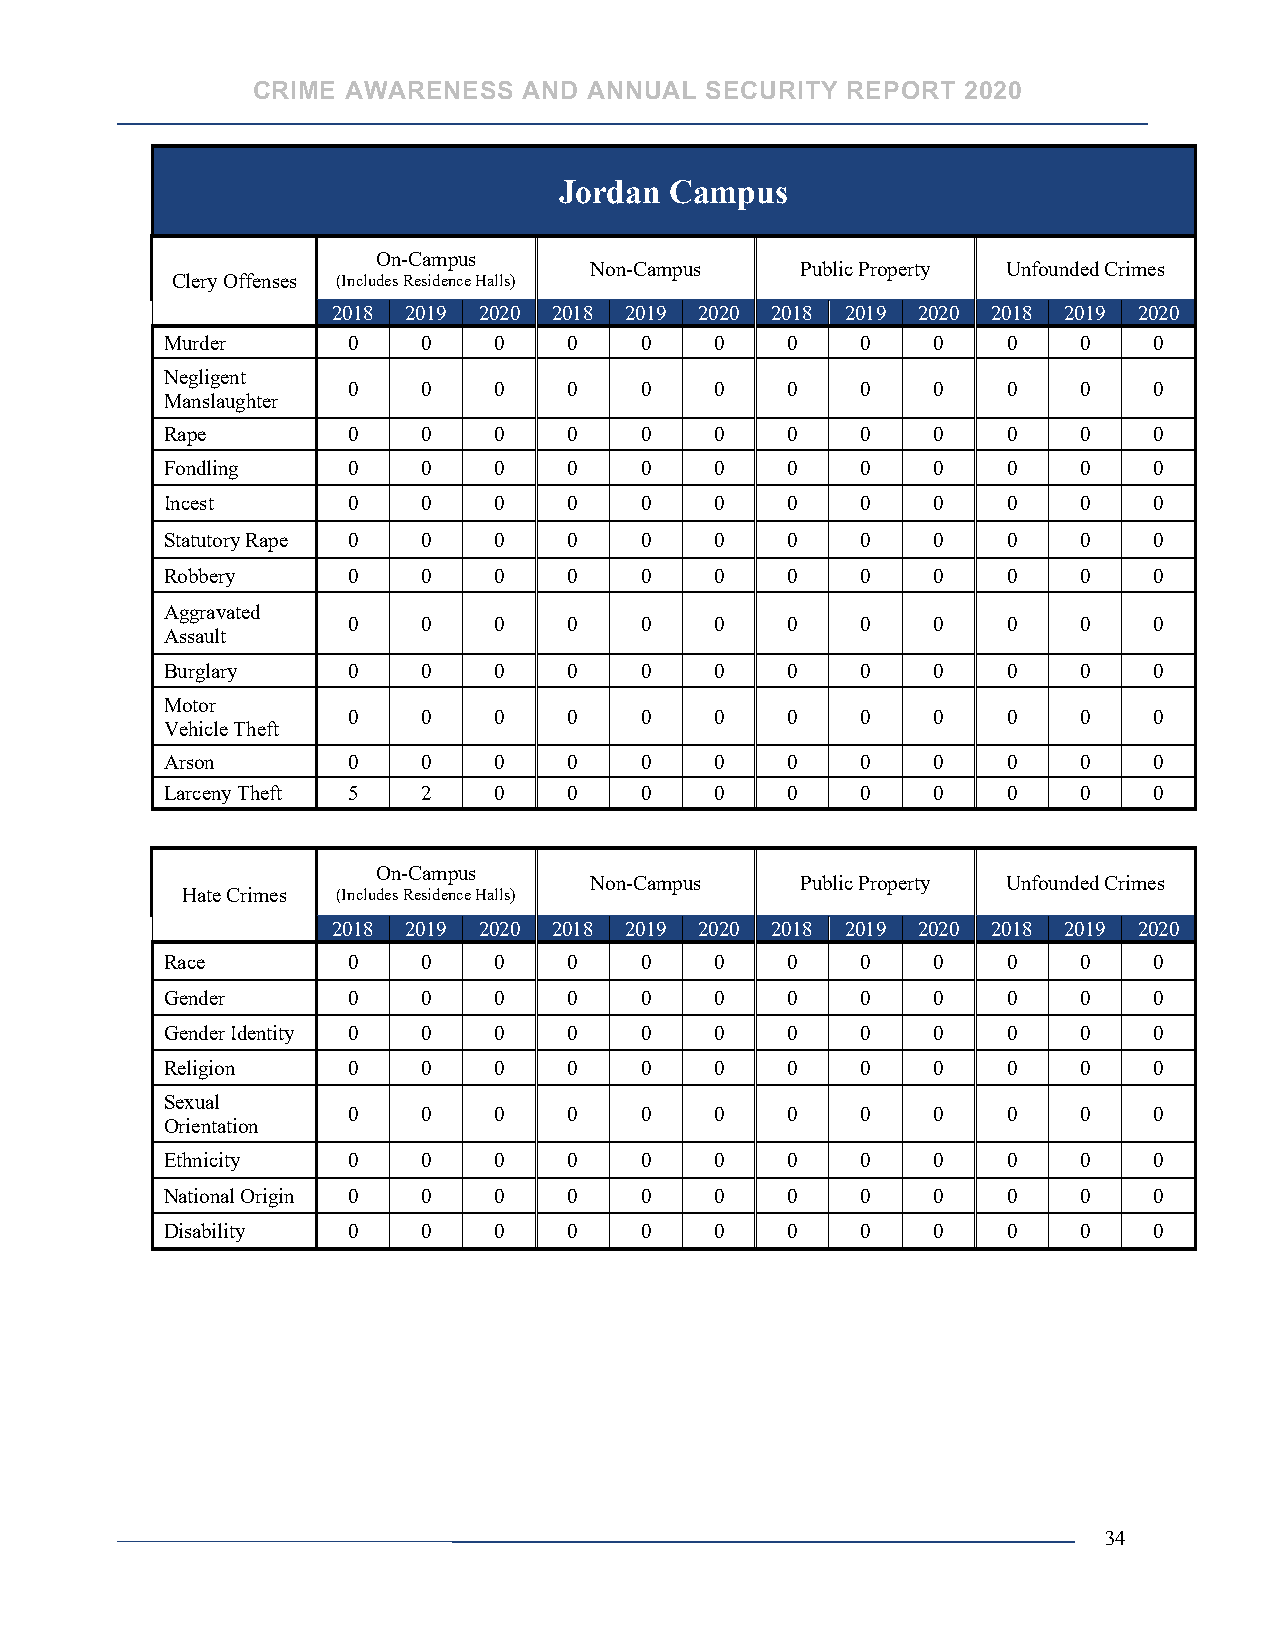
CRIME AWARENESS   AND ANNUAL  SECURITY REPORT  2020
 Jordan Campus
 On-Campus
 Non-Campus    Public Property Unfounded Crimes
 Clery Offenses (Includes Residence Halls)
 2018 2019 2020 2018 2019 2020 2018 2019 2020 2018 2019 2020
 Murder      0    0    0    0   0    0    0    0    0    0   0    0
 Negligent
 0    0    0    0   0    0    0    0    0    0   0    0
 Manslaughter
 Rape        0    0    0    0   0    0    0    0    0    0   0    0
 Fondling    0    0    0    0   0    0    0    0    0    0   0    0
 Incest      0    0    0    0   0    0    0    0    0    0   0    0
 Statutory Rape 0 0    0    0   0    0    0    0    0    0   0    0
 Robbery     0    0    0    0   0    0    0    0    0    0   0    0
 Aggravated
 0    0    0    0   0    0    0    0    0    0   0    0
 Assault
 Burglary    0    0    0    0   0    0    0    0    0    0   0    0
 Motor
 0    0    0    0   0    0    0    0    0    0   0    0
 Vehicle Theft
 Arson       0    0    0    0   0    0    0    0    0    0   0    0
 Larceny Theft 5  2    0    0   0    0    0    0    0    0   0    0
 On-Campus
 Non-Campus    Public Property Unfounded Crimes
 Hate Crimes (Includes Residence Halls)
 2018 2019 2020 2018 2019 2020 2018 2019 2020 2018 2019 2020
 Race        0    0    0    0   0    0    0    0    0    0   0    0
 Gender      0    0    0    0   0    0    0    0    0    0   0    0
 Gender Identity 0 0   0    0   0    0    0    0    0    0   0    0
 Religion    0    0    0    0   0    0    0    0    0    0   0    0
 Sexual
 0    0    0    0   0    0    0    0    0    0   0    0
 Orientation
 Ethnicity   0    0    0    0   0    0    0    0    0    0   0    0
 National Origin 0 0   0    0   0    0    0    0    0    0   0    0
 Disability  0    0    0    0   0    0    0    0    0    0   0    0
 34